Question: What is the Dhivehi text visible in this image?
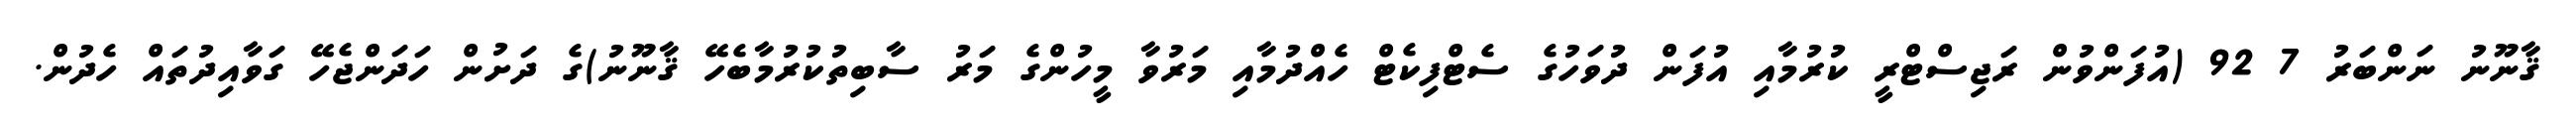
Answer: ޤާނޫނު ނަންބަރު 7 92 (އުފަންވުން ރަޖިސްޓްރީ ކުރުމާއި އުފަން ދުވަހުގެ ސެޓްފިކެޓް ހެއްދުމާއި މަރުވާ މީހުންގެ މަރު ސާބިތުކުރުމާބެހޭ ޤާނޫނު)ގެ ދަށުން ހަދަންޖެހޭ ގަވާއިދުތައް ހެދުން.